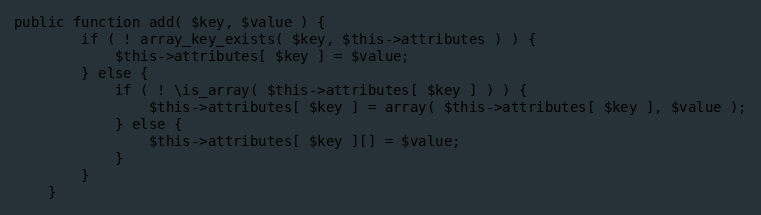
Language: PHP
public function add( $key, $value ) {
		if ( ! array_key_exists( $key, $this->attributes ) ) {
			$this->attributes[ $key ] = $value;
		} else {
			if ( ! \is_array( $this->attributes[ $key ] ) ) {
				$this->attributes[ $key ] = array( $this->attributes[ $key ], $value );
			} else {
				$this->attributes[ $key ][] = $value;
			}
		}
	}